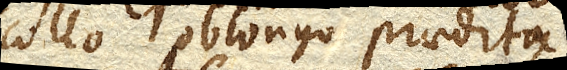
collo oblongo praedita